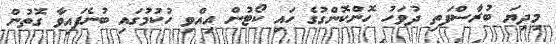
މިދިޔަ ބުރާސްފަތި ދުވަހު ހޮންކޮންގުގެ ހައި ކޯޓުން އިއްވި ހުކުމުގައި ބުނެފައިވާ ގޮތުން